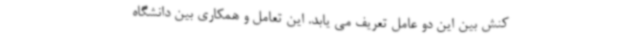
کنش بین این دو عامل تعریف می یابد. این تعامل و همکاری بین دانشگاه